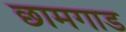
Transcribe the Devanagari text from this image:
छामगाड